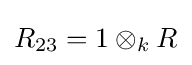
R_{23}=1\otimes _{k}R